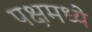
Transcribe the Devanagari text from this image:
पक्षमध्ये